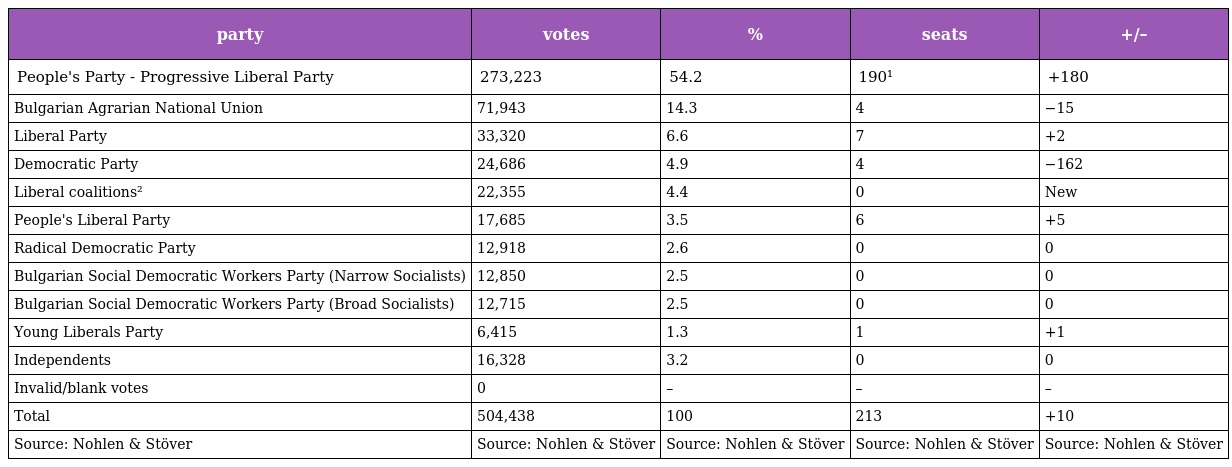
| party | votes | % | seats | +/– |
 | --- | --- | --- | --- | --- |
 | People's Party - Progressive Liberal Party | 273,223 | 54.2 | 190¹ | +180 |
 | Bulgarian Agrarian National Union | 71,943 | 14.3 | 4 | −15 |
 | Liberal Party | 33,320 | 6.6 | 7 | +2 |
 | Democratic Party | 24,686 | 4.9 | 4 | −162 |
 | Liberal coalitions² | 22,355 | 4.4 | 0 | New |
 | People's Liberal Party | 17,685 | 3.5 | 6 | +5 |
 | Radical Democratic Party | 12,918 | 2.6 | 0 | 0 |
 | Bulgarian Social Democratic Workers Party (Narrow Socialists) | 12,850 | 2.5 | 0 | 0 |
 | Bulgarian Social Democratic Workers Party (Broad Socialists) | 12,715 | 2.5 | 0 | 0 |
 | Young Liberals Party | 6,415 | 1.3 | 1 | +1 |
 | Independents | 16,328 | 3.2 | 0 | 0 |
 | Invalid/blank votes | 0 | – | – | – |
 | Total | 504,438 | 100 | 213 | +10 |
 | Source: Nohlen & Stöver | Source: Nohlen & Stöver | Source: Nohlen & Stöver | Source: Nohlen & Stöver | Source: Nohlen & Stöver |